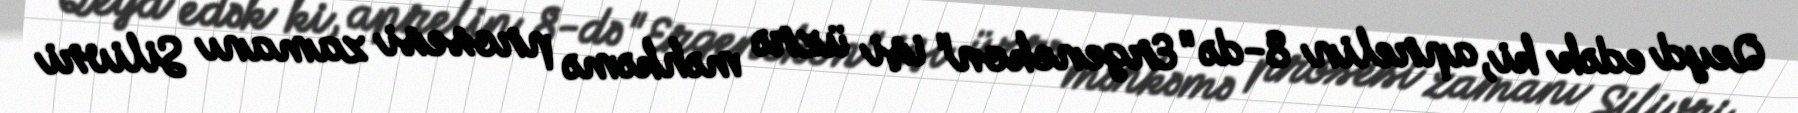
Qeyd edək ki, aprelin 8-də "Ergenekon" işi üzrə məhkəmə prosesi zamanı Silivri